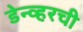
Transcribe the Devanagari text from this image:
डेन्व्हरची